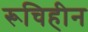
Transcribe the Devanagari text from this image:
रूचिहीन